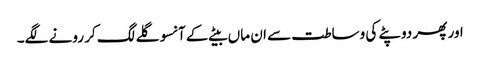
اور پھر دوپٹے کی وساطت سے ان ماں بیٹے کے آنسو گلے لگ کر رونے لگے۔